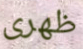
ظهرى